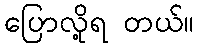
ပြောလို့ရ တယ်။